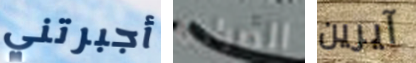
أجبرتني الصراحة آيرين